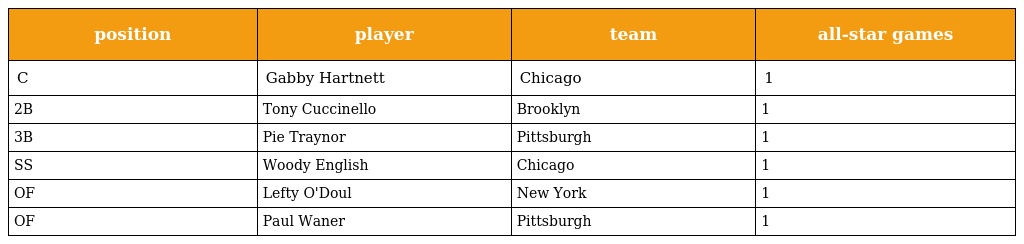
| position | player | team | all-star games |
 | --- | --- | --- | --- |
 | C | Gabby Hartnett | Chicago | 1 |
 | 2B | Tony Cuccinello | Brooklyn | 1 |
 | 3B | Pie Traynor | Pittsburgh | 1 |
 | SS | Woody English | Chicago | 1 |
 | OF | Lefty O'Doul | New York | 1 |
 | OF | Paul Waner | Pittsburgh | 1 |